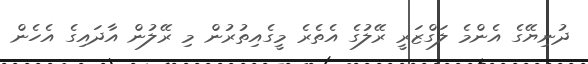
ދުނިޔޭގެ އެންމެ ލަގްޒަރީ ރޭލުގެ އެތެރެ މީގެއިތުރުން މި ރޭލުން އާދައިގެ އެހެން